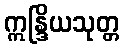
ဣန္ဒြိယသုတ္တ